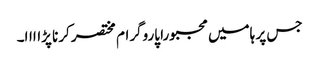
جس پر ہامیں مجبورا پاروگرام مختصر کرنا پڑاااا۔